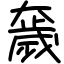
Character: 奯